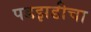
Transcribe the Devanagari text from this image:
पडझडीचा